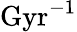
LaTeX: \mathrm{Gyr^{-1}}